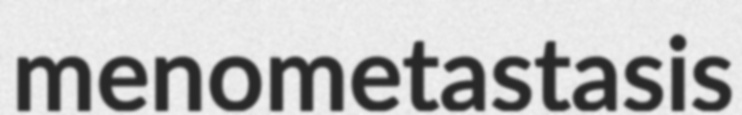
menometastasis